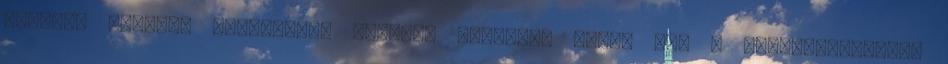
egészen máshogy gondoltam. Tényleg korábban írtad meg a forgatókönyvet,